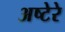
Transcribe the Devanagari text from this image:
अष्टेरे